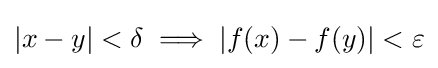
|x-y|<\delta \implies |f(x)-f(y)|<\varepsilon